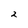
Character: 2